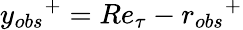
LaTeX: {y_{obs}}^{+}=Re_{\tau}-{r_{obs}}^{+}